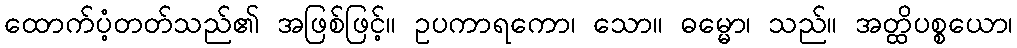
ထောက်ပံ့တတ်သည်၏ အဖြစ်ဖြင့်။ ဥပကာရကော၊ သော။ ဓမ္မော၊ သည်။ အတ္ထိပစ္စယော၊